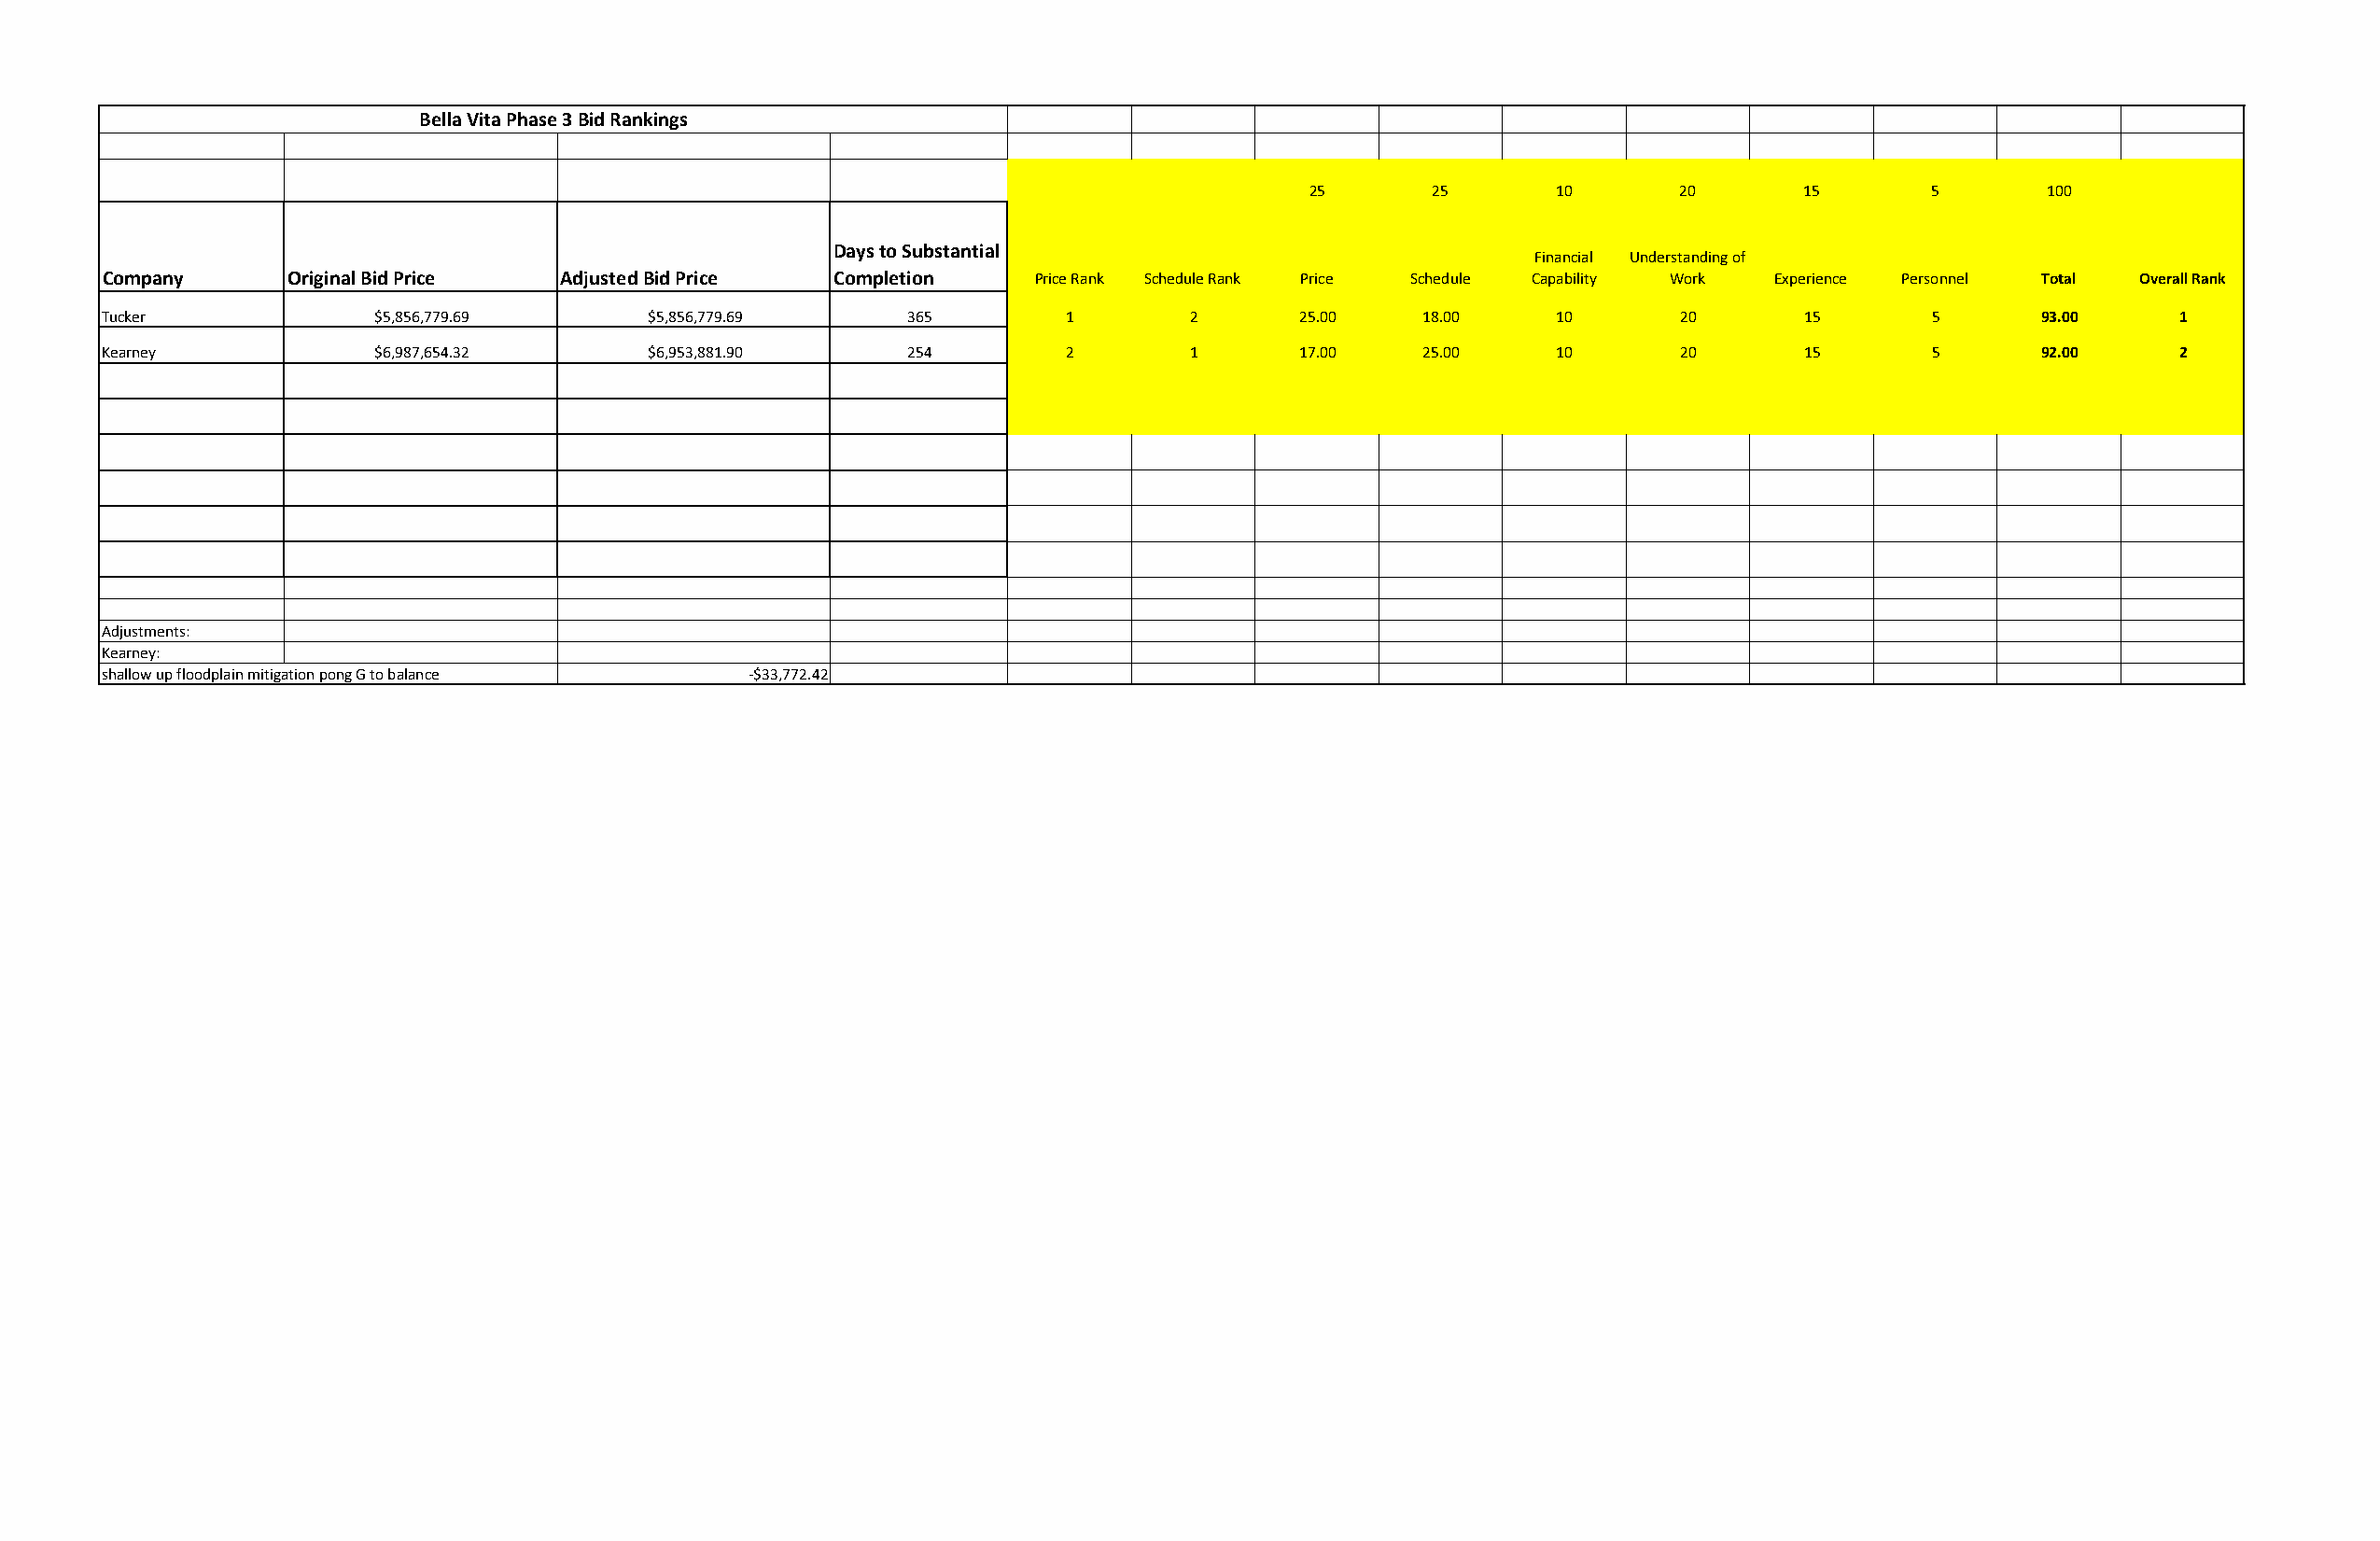
Bella Vita Phase 3 Bid Rankings
 25       25      10       20       15       5       100
 Days to Substantial
 Financial Understanding of
 Company      Original Bid Price  Adjusted Bid Price Completion    Price Rank Schedule Rank Price Schedule Capability Work Experience Personnel Total Overall Rank
 Tucker              $5,856,779.69      $5,856,779.69     365         1       2       25.00    18.00    10       20       15       5       93.00     1
 Kearney             $6,987,654.32      $6,953,881.90     254         2       1       17.00    25.00    10       20       15       5       92.00     2
 Adjustments:
 Kearney:
 shallow up floodplain mitigation pong G to balance ‐$33,772.42